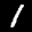
Label: 1